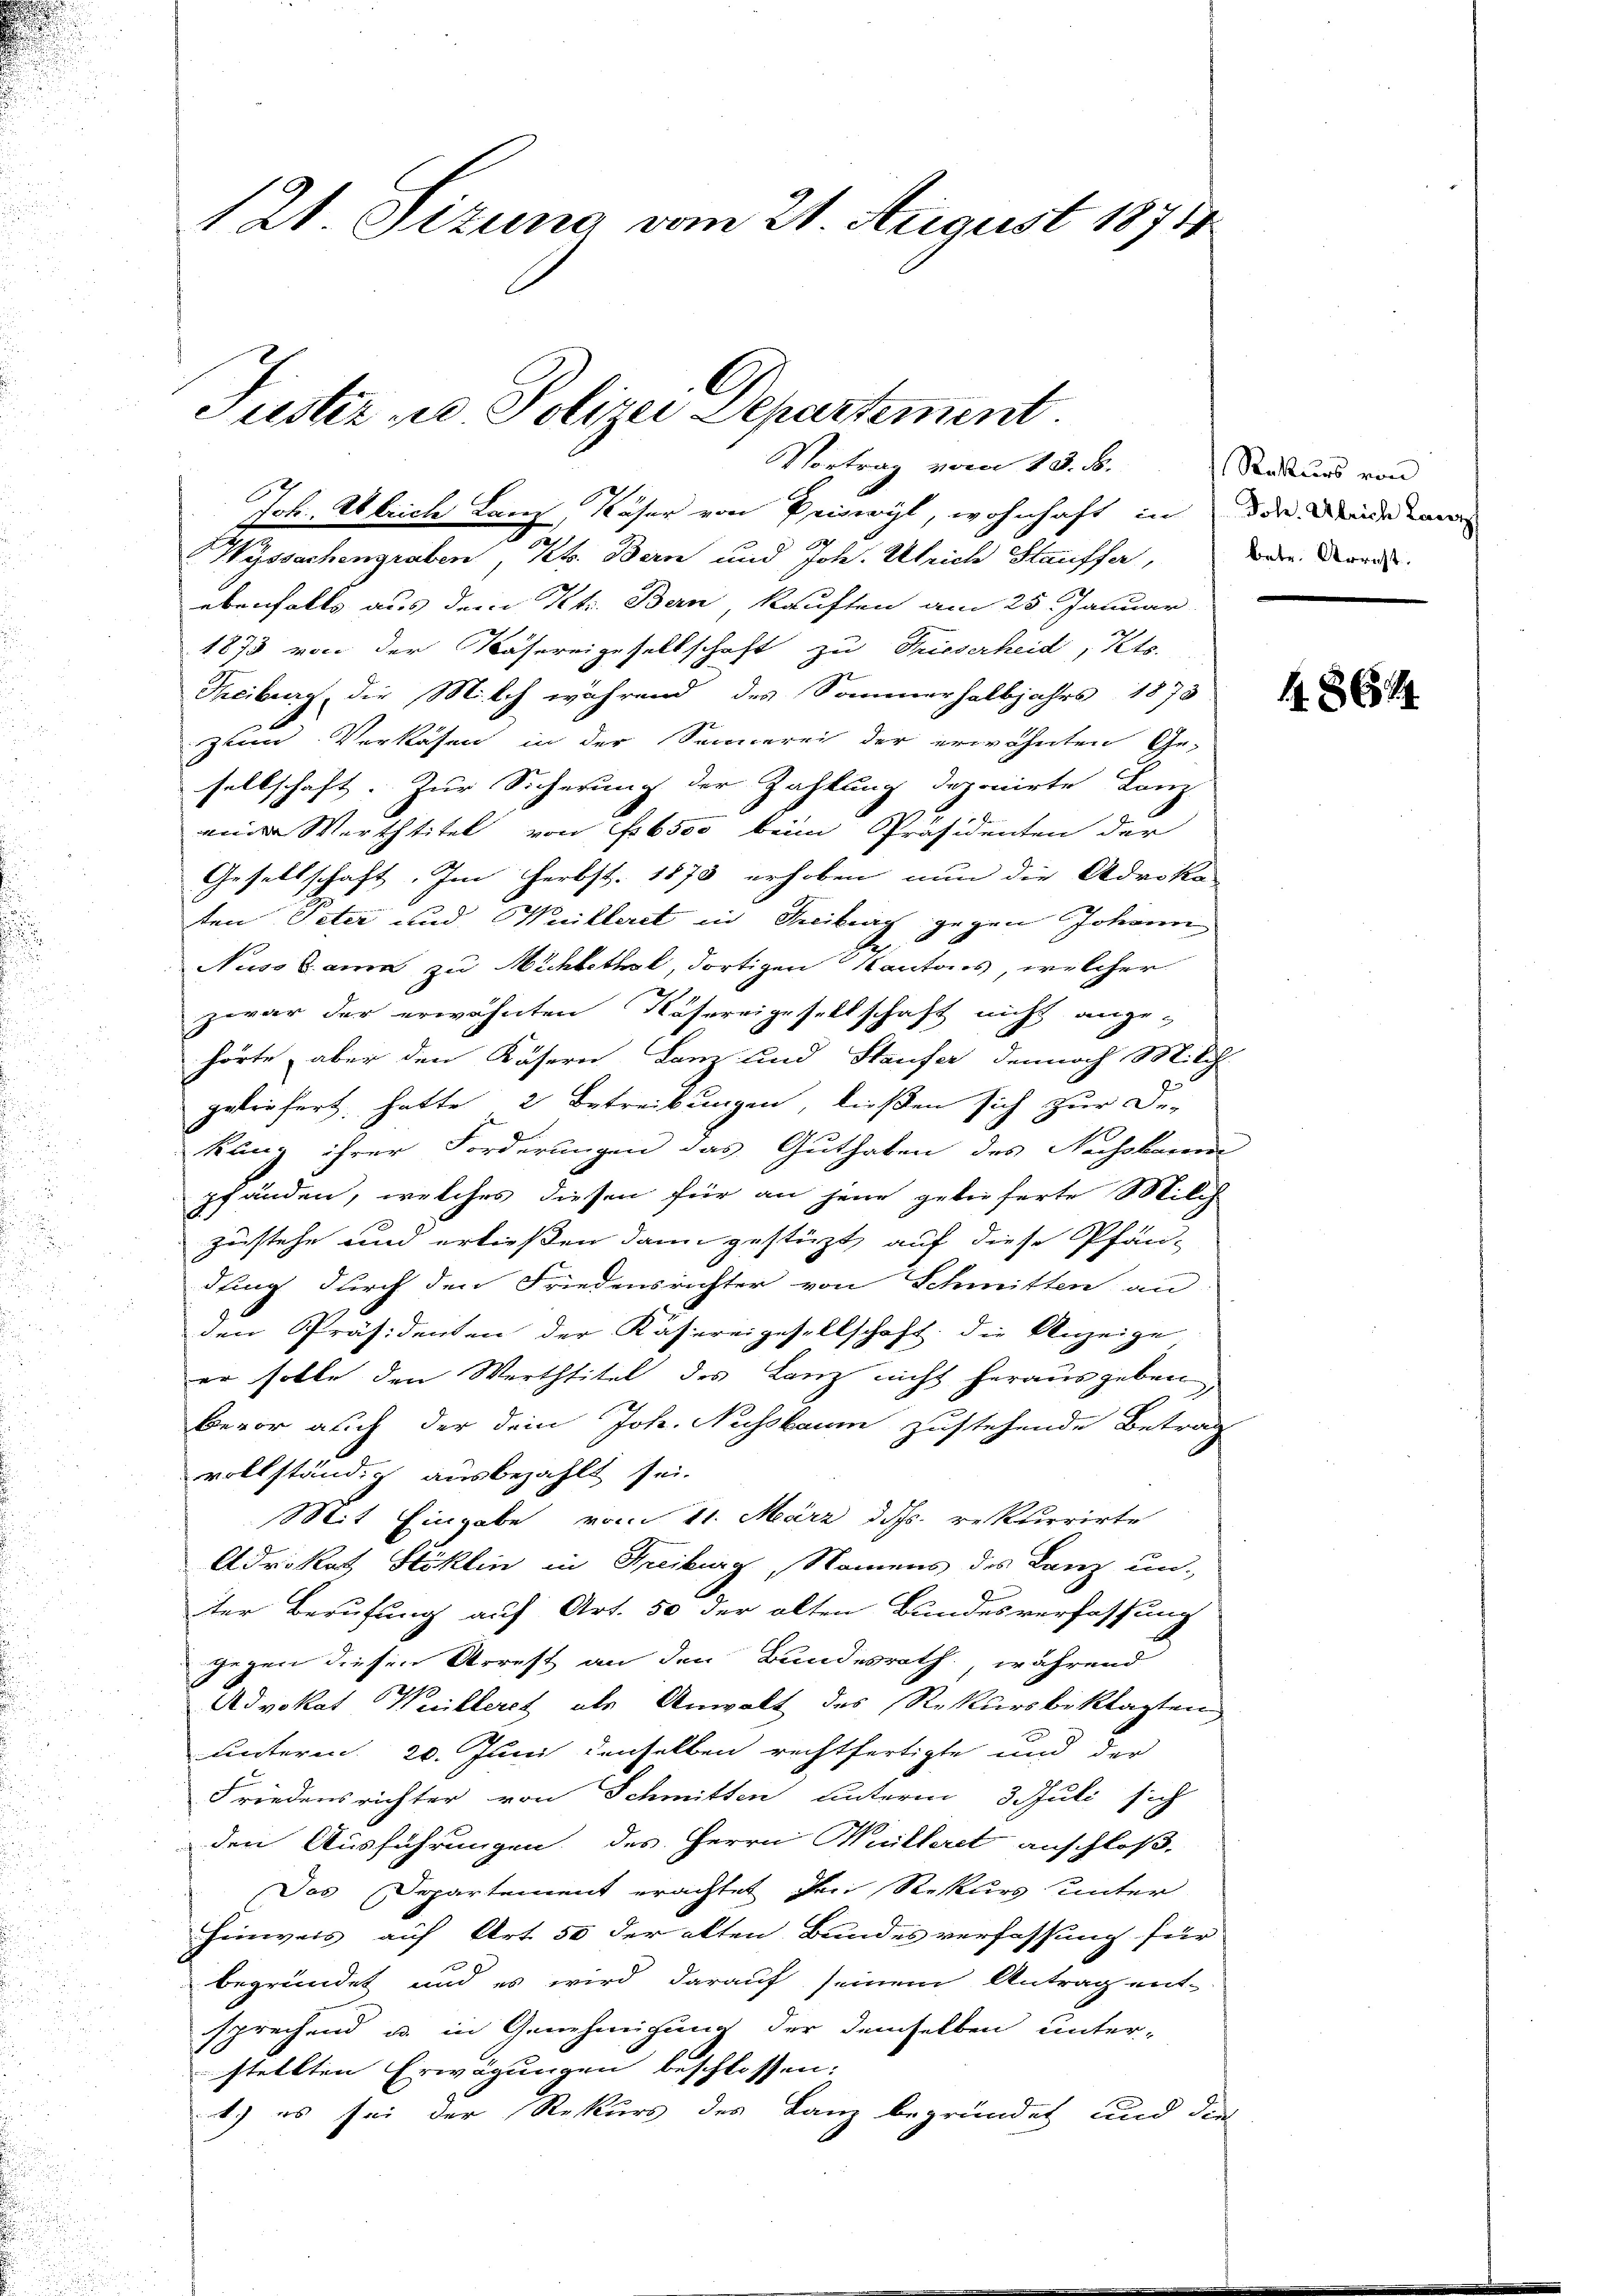
121. Sizung vom 21. August 18718
Fuster u. Polizei Departement.

Vortrag vom 13. d.

Joh. Ulrich Lanz, Kaser von Reiserit, wohnhaft in der Minden
.
Wyssachengraben, Kt. Bern und Joh. Ulrich Stauffer, Bern Nord
ebenfalls aus dem Kt. Ban, kauften am 25. Januar
1873 von der Nähereigesellschaft zu Trieserheid, Kts.
Theiburg, die Milch während des Sommerhalbjahrs 1873
zum Verkasen in der Sennerei der erwähnten Ge-
sellschaft. Zur Sicherung der Zahlung deponirte Lanz
mit Werttitel von 6500 beim Präsidenten der
Gesellschaft. Im Herbst. 1873 erhoben nun die Advoka
ten Peter und Weitleret in Treiburg gegen Johann
Nussbann zu Mühlethal, dortigen Kantons, welcher
zwar der erwähnten Nähereigesellschaft nicht angehörte, aber den Käsern Lanz und Staufer dennoch Milch-
geliefert hatte 2 Betreibungen, ließen sich zur De-
kung ihrer Forderungen das Guthaben des Nachkome
pfänden, welches diesen für an jene gelieferte Milch
zustehe und erließen dann gestüzt, auf diese Pfän-
dung durch den Friedensrichter von Schmitten an
den Präsidenten der Kassereigesellschaft, die Anzeige
er solle den Werthtitel des Lanz nicht herausgeben
bevor auch der dein Joh. Nussbaum zustehende Betrag
vollständig ausbezahlt sei.
Mit Eingabe vom 11. März d. Js. rekurrirte
Adrikat Stoklin in Freiburg, Namens des Lanz un
ter Berufung auf Art. 50 der alten Bundesverfassung
gegen diesen Arrest an den Bundesrath, während
Advokat Weilleret als Anwalt des Rekursbeklagten
unterm 20. Juni denselben rechtfertigte und der
Friedensrichter von Schmitten unterm 3. Juli sich
den Ausführungen des Herrn Huilleret anschloß,
Das Departement erachtet den Rekurs unter
Hinweis auf Art. 50 der alten Bundesverfassung für
begründet und es wird darauf seinem Antrag ent-
sprechend u. in Genehmigung der demselben unter-
stellten Erwägungen beschlossen:
1) es sei der Rekurs des Lanz begründet und die

Rekurs von

1864